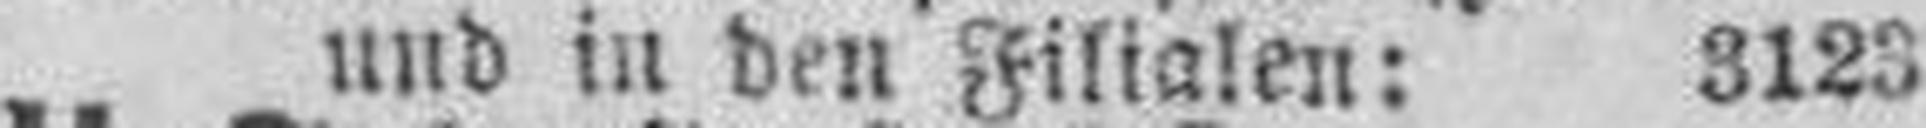
und in den Filialen: 3123